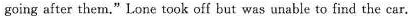
going after them."Lone took off but was unable to find the car.